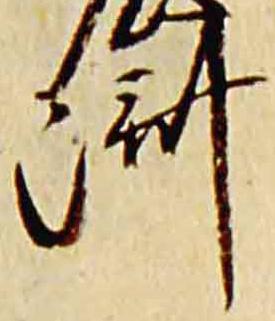
済